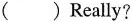
( ) Really?